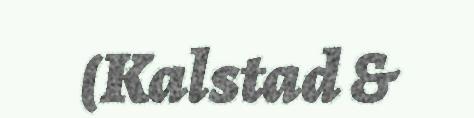
(Kalstad &